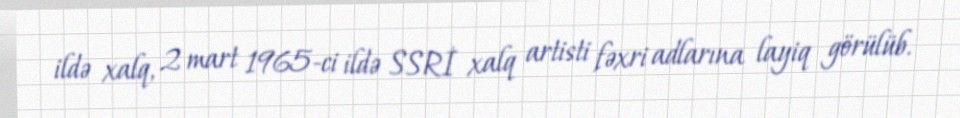
ildə xalq, 2 mart 1965-ci ildə SSRİ xalq artisti fəxri adlarına layiq görülüb.